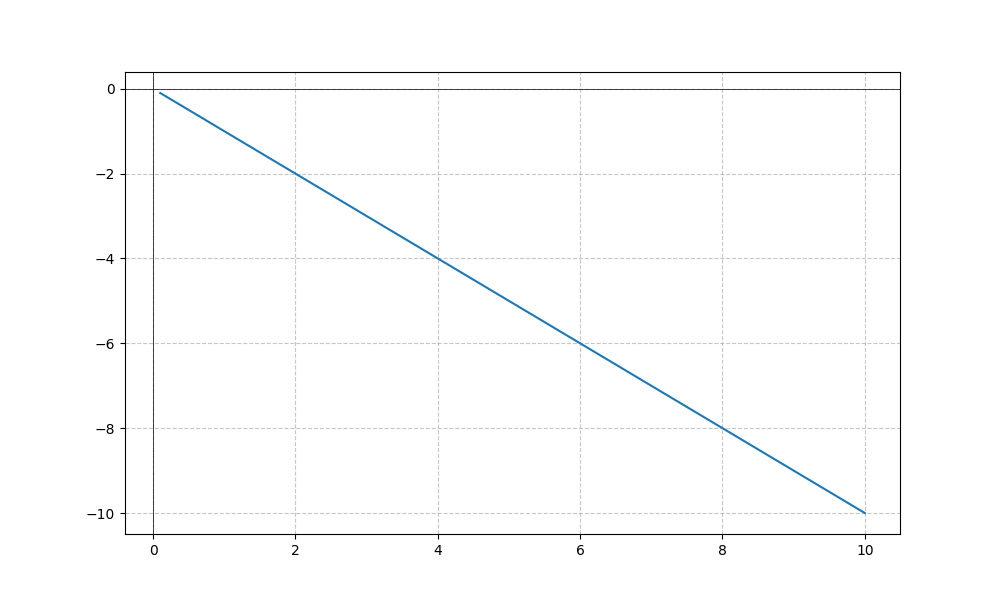
LaTeX formula: - x